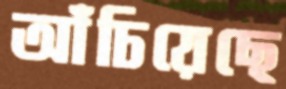
আঁচিয়েছে